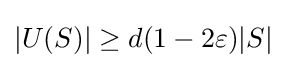
|U(S)|\geq d(1-2\varepsilon )|S|